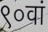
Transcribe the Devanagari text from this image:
९०वां